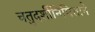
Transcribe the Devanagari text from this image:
चतुदर्शीनिमित्ताने